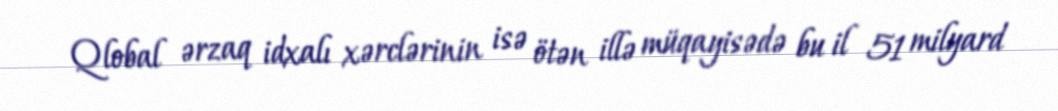
Qlobal ərzaq idxalı xərclərinin isə ötən illə müqayisədə bu il 51 milyard